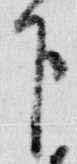
下